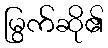
မြွက်ဆို၏